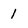
Character: 1